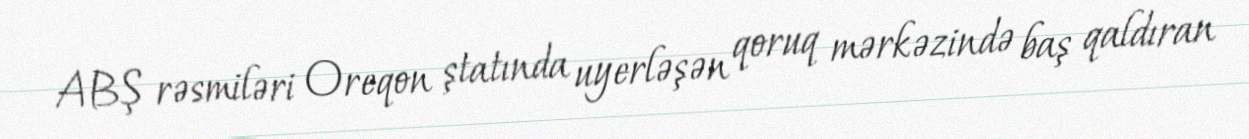
ABŞ rəsmiləri Oreqon ştatında uyerləşən qoruq mərkəzində baş qaldıran